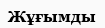
Жұғымды